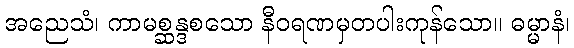
အညေသံ၊ ကာမစ္ဆန္ဒစသော နီဝရဏမှတပါးကုန်သော။ ဓမ္မာနံ၊